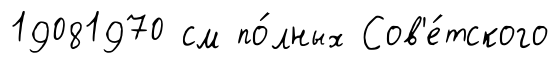
19081970 см по́лных Сов'е́тского